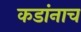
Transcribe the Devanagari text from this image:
कडांनाच